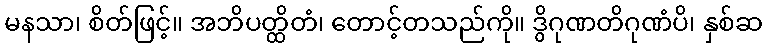
မနသာ၊ စိတ်ဖြင့်။ အဘိပတ္ထိတံ၊ တောင့်တသည်ကို။ ဒွိဂုဏတိဂုဏံပိ၊ နှစ်ဆ